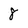
Character: 8